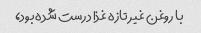
با روغن غیر تازه غذا درست شده بود،